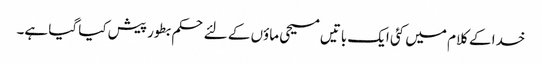
خدا کے کلام میں کئی ایک باتیں مسیحی ماؤں کے لئے حکم بطور پیش کیا گیا ہے۔